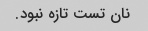
نان تست تازه نبود.